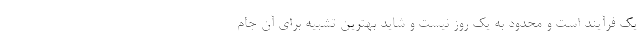
یک فرآیند است و محدود به یک روز نیست و شاید بهترین تشبیه برای آن جام